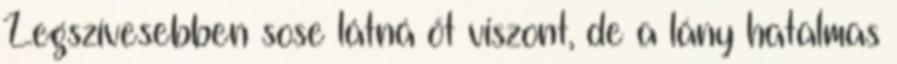
Legszívesebben sose látná őt viszont, de a lány hatalmas